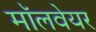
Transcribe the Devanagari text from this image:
मॉलवेयर